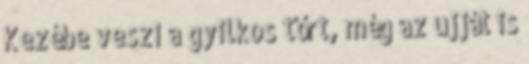
Kezébe veszi a gyilkos tőrt, még az ujját is